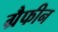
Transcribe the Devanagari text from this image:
ग्रैफीन